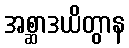
အစ္ဆာဒယိတွာန